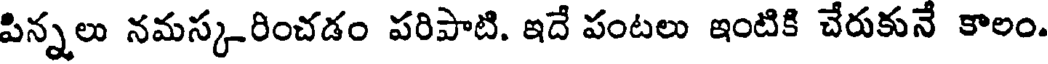
పిన్నలు నమస్కరించడం పరిపాటి. ఇదే పంటలు ఇంటికి చేరుకునే కాలం.